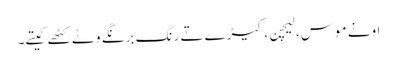
اونے موس، لیچن، کیڑے تے رنگ برنگے وٹے کٹھے کیتے۔